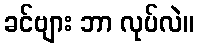
ခင်ဗျား ဘာ လုပ်လဲ။